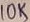
Text: 10K